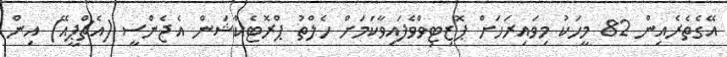
އޭގެތެރެއިން 82 މީހަކު މިވައިރަހަށް ޕޮޒިޓިވްވެފައިވާކަމަށް ހެލްތު ޕްރޮޓެކްޝަން އެޖެންސީ (އެޗްޕީއޭ) އިން